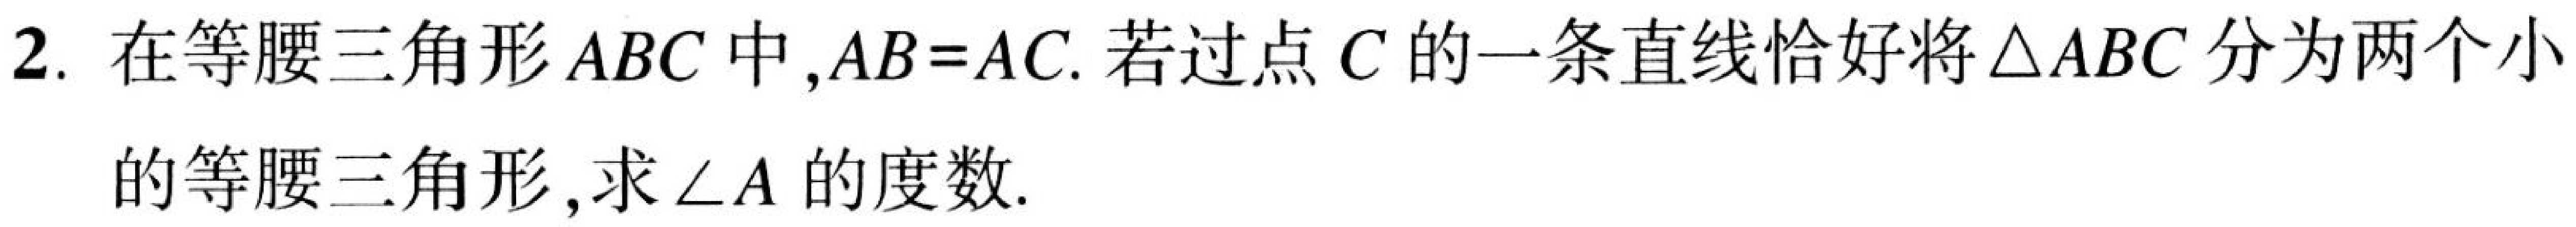
2. 在等腰三角形\(ABC\)中,\(AB = AC\). 若过点\(C\)的一条直线恰好将\(\triangle ABC\)分为两个小
的等腰三角形,求\(\angle A\)的度数.